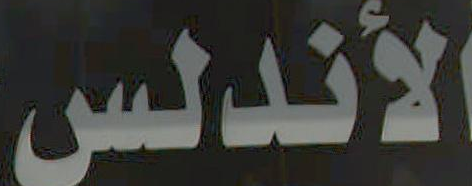
الأندلس